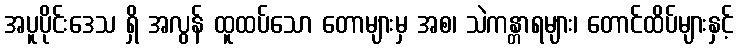
အပူပိုင်းဒေသ ရှိ အလွန် ထူထပ်သော တောများမှ အစ၊ သဲကန္တာရများ၊ တောင်ထိပ်များနှင့်